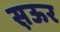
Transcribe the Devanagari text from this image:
स़ऊर